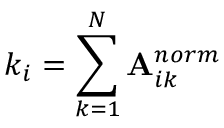
k _ { i } = \sum _ { k = 1 } ^ { N } \mathbf { A } _ { i k } ^ { n o r m }